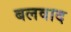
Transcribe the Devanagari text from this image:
बलवाद